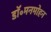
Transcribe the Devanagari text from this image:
डॉ॰मनमोहन